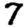
Digit: 7